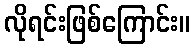
လိုရင်းဖြစ်ကြောင်း။